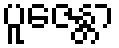
ပူဇေန္တာ